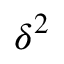
\delta ^ { 2 }